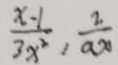
\frac { x - 1 } { 3 x ^ { 2 } } , \frac { 2 } { a x }